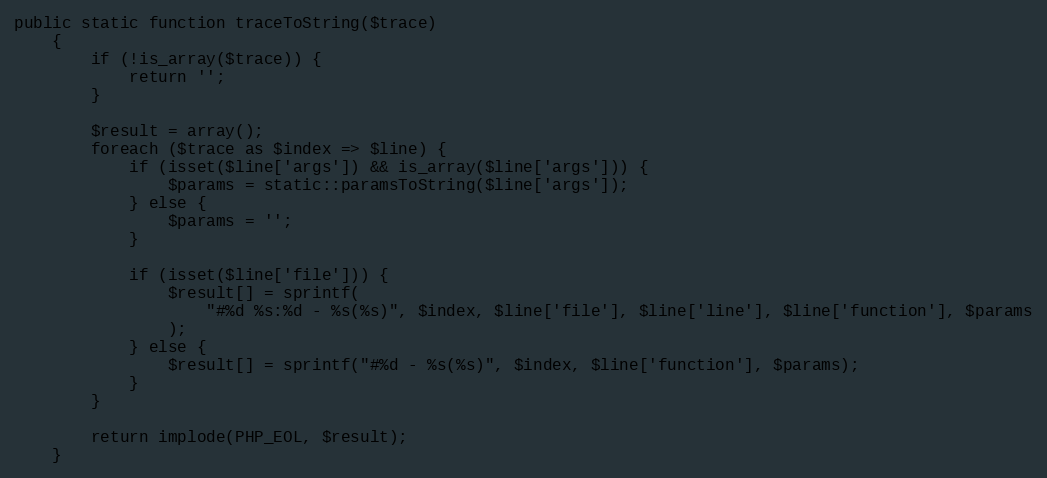
Language: PHP
public static function traceToString($trace)
    {
        if (!is_array($trace)) {
            return '';
        }

        $result = array();
        foreach ($trace as $index => $line) {
            if (isset($line['args']) && is_array($line['args'])) {
                $params = static::paramsToString($line['args']);
            } else {
                $params = '';
            }

            if (isset($line['file'])) {
                $result[] = sprintf(
                    "#%d %s:%d - %s(%s)", $index, $line['file'], $line['line'], $line['function'], $params
                );
            } else {
                $result[] = sprintf("#%d - %s(%s)", $index, $line['function'], $params);
            }
        }

        return implode(PHP_EOL, $result);
    }